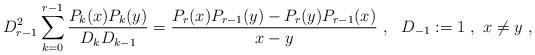
LaTeX: \begin{gather*} D_{r-1}^{2} \sum_{k=0}^{r-1} \frac{P_{k}(x)P_{k}(y)}{D_{k} D_{k-1}} = \frac{ P_{r}(x)P_{r-1}(y) - P_{r}(y)P_{r-1}(x)}{x-y} \ , \ \ D_{-1} := 1 \ , \ x\neq y \ ,\end{gather*}